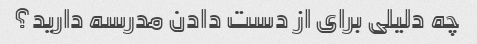
چه دلیلی برای از دست دادن مدرسه دارید؟